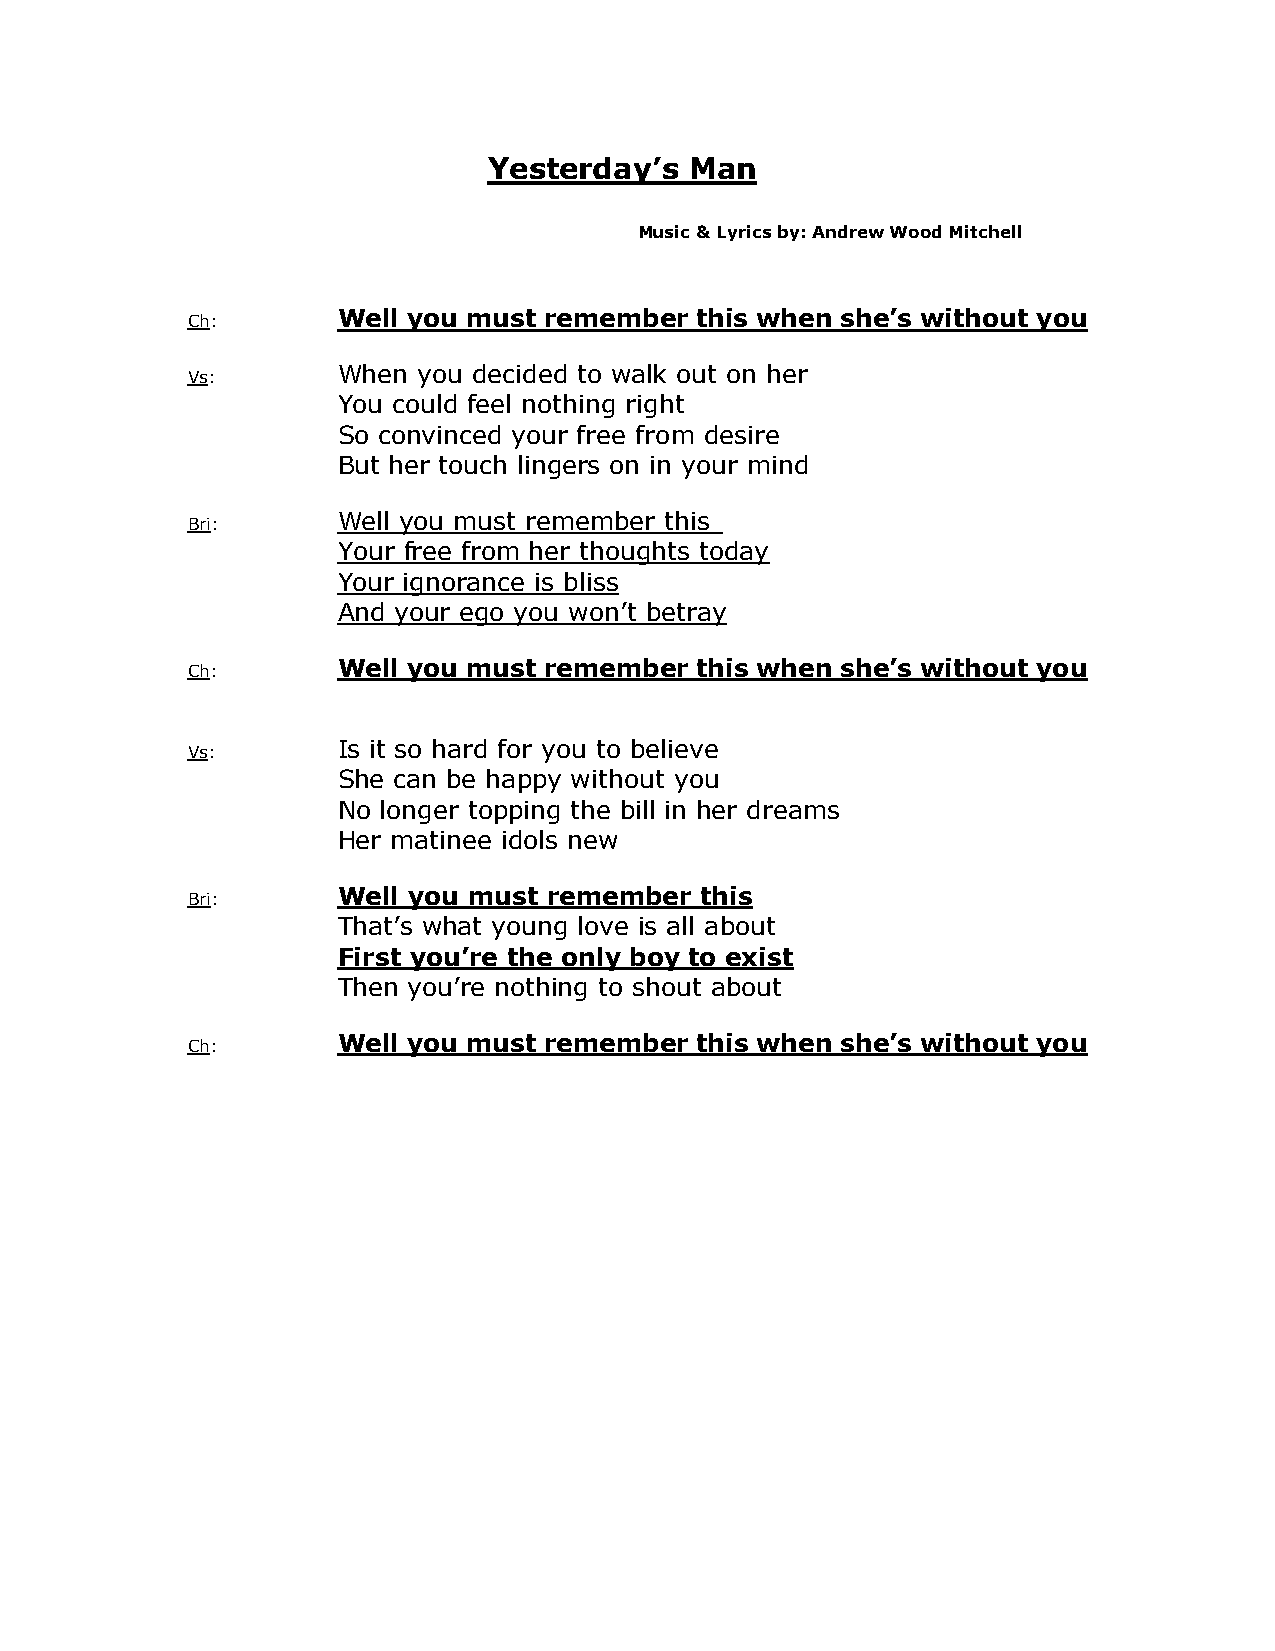
Yesterday’s   Man
 Music & Lyrics by: Andrew Wood Mitchell
 Ch:
 Well you must remember  this when she’s without you
 Vs:
 When  you decided to walk out on her
 You could feel nothing right
 So convinced your free from desire
 But her touch lingers on in your mind
 Bri:
 Well you must remember this
 Your free from her thoughts today
 Your ignorance is bliss
 And your ego you won’t betray
 Ch:
 Well you must remember  this when she’s without you
 Vs:
 Is it so hard for you to believe
 She can be happy without you
 No longer topping the bill in her dreams
 Her matinee idols new
 Bri:
 Well you must remember  this
 That’s what young love is all about
 First you’re the only boy to exist
 Then you’re nothing to shout about
 Ch:
 Well you must remember  this when she’s without you